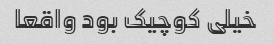
خیلی کوچیک بود واقعا